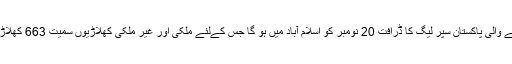
اگلے برس 14 فروری سے شروع ہونے والی پاکستان سپر لیگ کا ڈرافت 20 نومبر کو اسلام آباد میں ہو گا جس کےلئے ملکی اور غیر ملکی کھلاڑیوں سمیت 663 کھلاڑیوں کی فہرست جاری کر دی گئی ہے۔